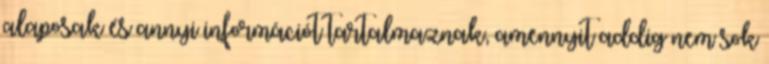
alaposak és annyi információt tartalmaznak, amennyit addig nem sok